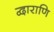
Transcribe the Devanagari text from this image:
द्वाराणि